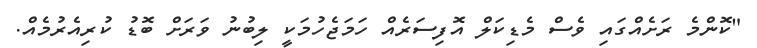
"ކޮންމެ ރަށެއްގައި ވެސް މެޑިކަލް އޮފިސަރެއް ހަމަޖެހުމަކީ ލިބުނު ވަރަށް ބޮޑު ކުރިއެރުމެއް.